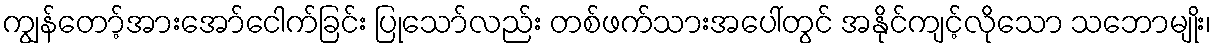
ကျွန်တော့်အားအော်ငေါက်ခြင်း ပြုသော်လည်း တစ်ဖက်သားအပေါ်တွင် အနိုင်ကျင့်လိုသော သဘောမျိုး၊